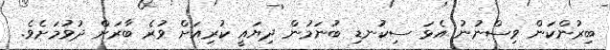
ބިރުންކަން ވިސްނުނު އެޅަ ސިކުނޑި ބުނަމުން ދިޔައީ ކުރިއަށް ވުރެ ބާރަށް ދުވުމަށެވެ.